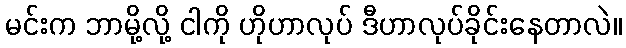
မင်းက ဘာမို့လို့ ငါကို ဟိုဟာလုပ် ဒီဟာလုပ်ခိုင်းနေတာလဲ။